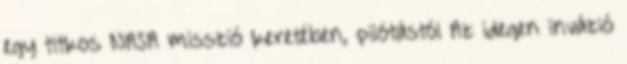
egy titkos NASA misszió keretében, pilótástól Az idegen invázió